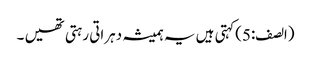
(الصف:5)کہتی ہیں یہ ہمیشہ دہراتی رہتی تھیں ۔